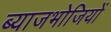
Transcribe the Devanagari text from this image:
ब्याजभोजियों